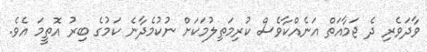
ވާދަވެރި ދެ ޖަމާއަތް އަނެއްކާވެސް ކުރިމަތިލުމަކަށް ނުކުމެދާނެ ކަމުގެ ބިރު އޮތީމަ އެވެ.